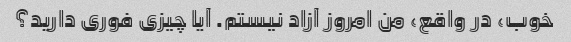
خوب، در واقع، من امروز آزاد نیستم. آیا چیزی فوری دارید؟